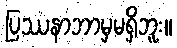
ပြဿနာဘာမှမရှိဘူး။